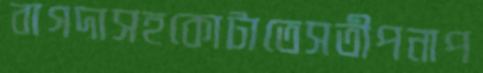
বাগদাসহকোটাতেসতীপনাপ